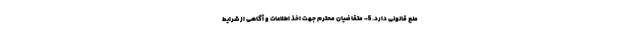
منع قانونی دارد. 5- متقاضیان محترم جهت اخذ اطلاعات و آگاهی از شرایط